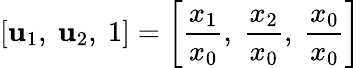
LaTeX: [\mathbf{u}_{1},\ \mathbf{u}_{2},\ 1]=\left[{\frac{{x_{1}}}{{x_{0}}}},\ {\frac{{x_{2}}}{{x_{0}}}},\ {\frac{{x_{0}}}{{x_{0}}}}\right]